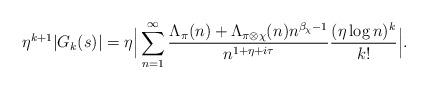
LaTeX: \begin{align*}\eta^{k+1}|G_k(s)|=\eta\Big|\sum_{n=1}^{\infty}\frac{\Lambda_{\pi}(n)+\Lambda_{\pi\otimes\chi}(n)n^{\beta_{\chi}-1}}{n^{1+\eta+i\tau}}\frac{(\eta\log n)^k}{k!}\Big|.\end{align*}